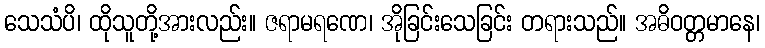
သေသံပိ၊ ထိုသူတို့အားလည်း။ ဇရာမရဏေ၊ အိုခြင်းသေခြင်း တရားသည်။ အဓိဝတ္တမာနေ၊